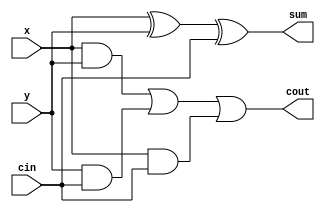
module fulladder1bit(sum, cout, x, y, cin);
   input x, y, cin;
   output sum, cout;
   assign sum = x^y^cin;
   assign cout = (x&y)|(y&cin)|(x&cin);
endmodule